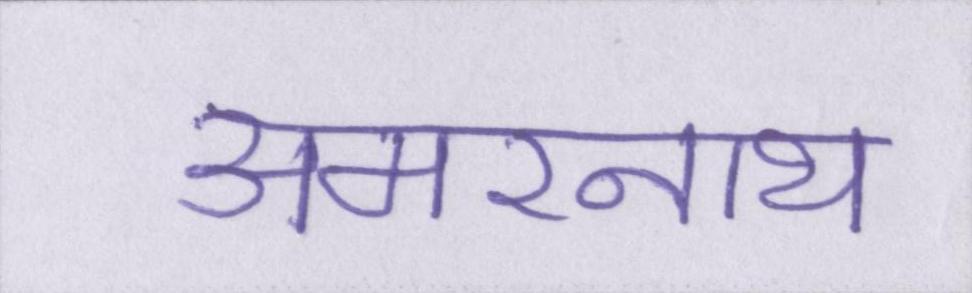
अमरनाथ